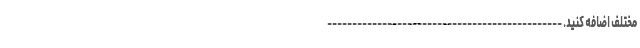
مختلف اضافه کنید. -----------------------------------------------